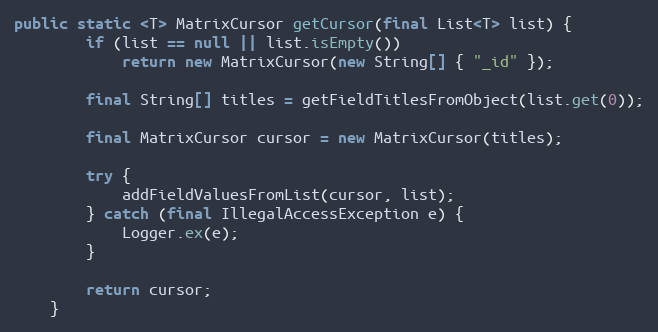
Language: Java
public static <T> MatrixCursor getCursor(final List<T> list) {
        if (list == null || list.isEmpty())
            return new MatrixCursor(new String[] { "_id" });

        final String[] titles = getFieldTitlesFromObject(list.get(0));

        final MatrixCursor cursor = new MatrixCursor(titles);

        try {
            addFieldValuesFromList(cursor, list);
        } catch (final IllegalAccessException e) {
            Logger.ex(e);
        }

        return cursor;
    }